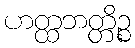
ဟတ္ထဘတ္တိဉ္စ